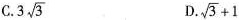
C.3\sqrt{3} D.\sqrt{3}+1